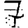
Digit: 7